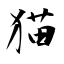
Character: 猫